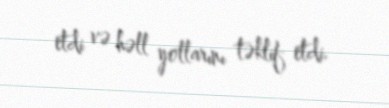
etdi və həll yollarını təklif etdi.